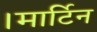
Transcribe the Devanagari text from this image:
।मार्टिन